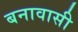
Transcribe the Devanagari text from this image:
बनावासी